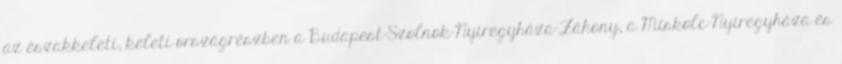
az északkeleti, keleti országrészben a Budapest-Szolnok-Nyíregyháza-Záhony, a Miskolc-Nyíregyháza és